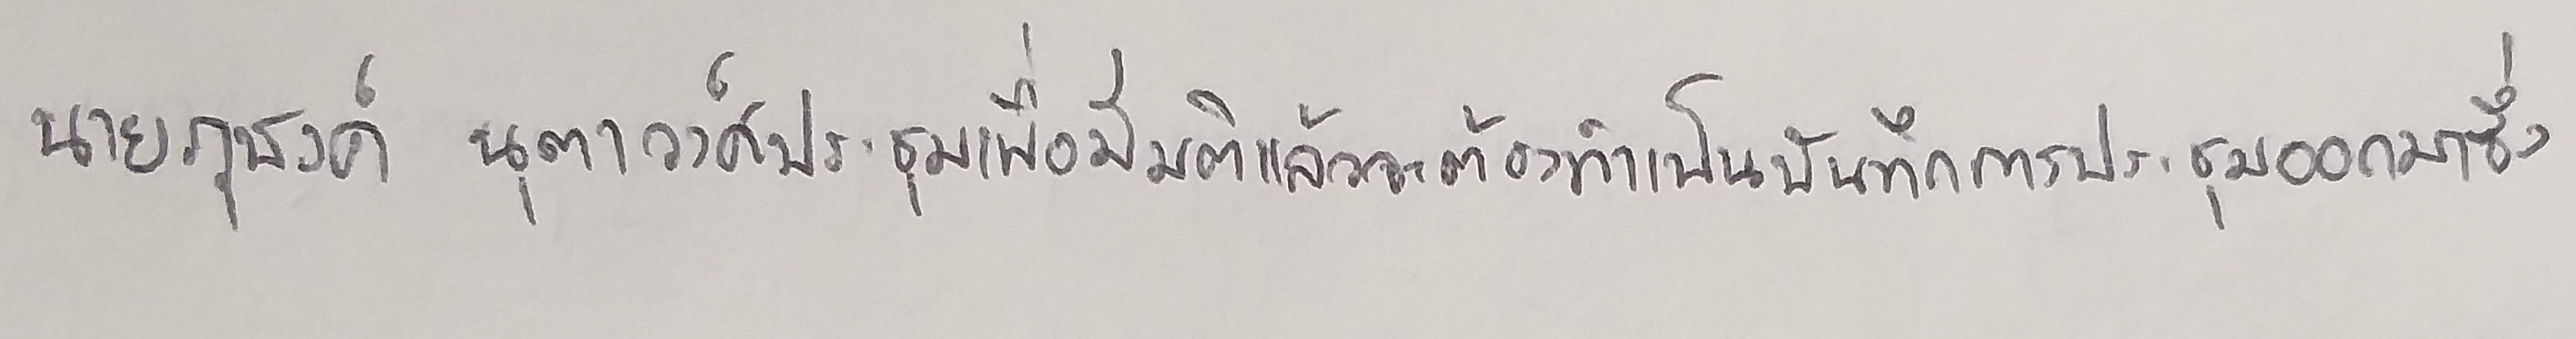
นายภุชงค์ นุตาวงศ์ประชุมเพื่อมีมติแล้วจะต้องทำเป็นบันทึกการประชุมออกมาซึ่ง